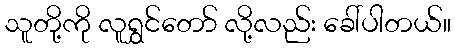
သူတို့ကို လူရွှင်တော် လို့လည်း ခေါ်ပါတယ်။